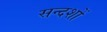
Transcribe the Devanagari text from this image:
सन्दशों